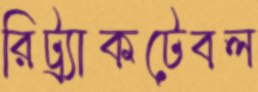
রিট্র্যাকটেবল